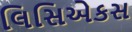
લિસિએકસ